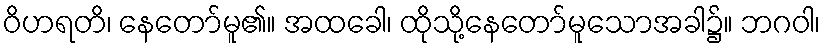
ဝိဟရတိ၊ နေတော်မူ၏။ အထခေါ၊ ထိုသို့နေတော်မူသောအခါ၌။ ဘဂဝါ၊